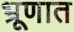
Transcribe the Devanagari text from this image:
भ्रूणात